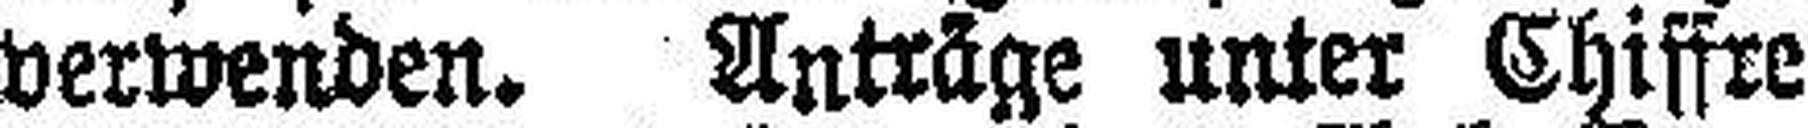
verwenden. Anträge unter Chiffre